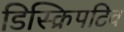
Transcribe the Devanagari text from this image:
डिस्क्रिपटिव